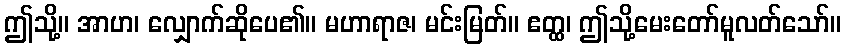
ဤသို့။ အာဟ၊ လျှောက်ဆိုပေ၏။ မဟာရာဇ၊ မင်းမြတ်။ ဧတ္ထ၊ ဤသို့မေးတော်မူလတ်သော်။